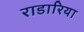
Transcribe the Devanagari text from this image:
राडारिया